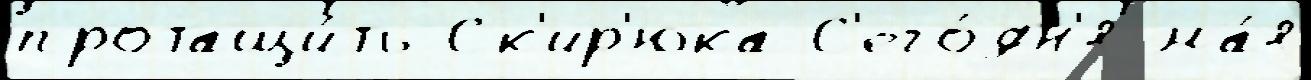
протащи́ть Ск'ир'юка С'его́дн'я ма́я